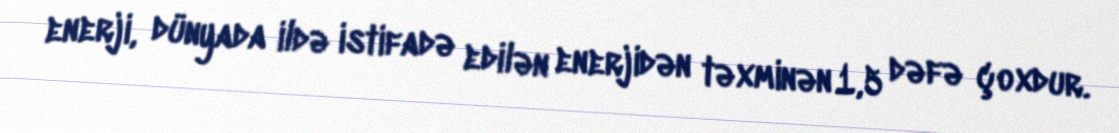
enerji, dünyada ildə istifadə edilən enerjidən təxminən 1,5 dəfə çoxdur.